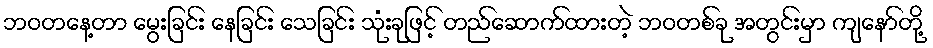
ဘဝတနေ့တာ မွေးခြင်း နေခြင်း သေခြင်း သုံးခုဖြင့် တည်ဆောက်ထားတဲ့ ဘဝတစ်ခု အတွင်းမှာ ကျနော်တို့